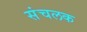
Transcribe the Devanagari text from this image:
संचलक